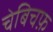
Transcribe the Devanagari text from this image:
चेबिचफ़